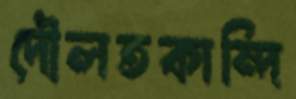
দৌলতকান্দি